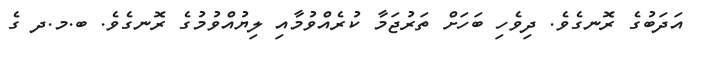
އަދަބުގެ ރޮނގެވެ. ދިވެހި ބަހަށް ތަރުޖަމާ ކުރެއްވުމާއި ލިޔުއްވުމުގެ ރޮނގެވެ. ބ.މ.ދ ގެ